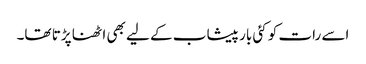
اسے رات کو کئی بار پیشاب کے لیے بھی اٹھنا پڑتا تھا۔